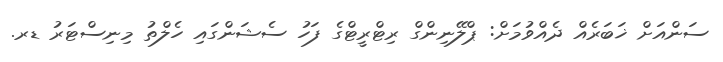
ސަންއަށް ޚަބަރެއް ދެއްވުމަށް: ޕްލޭނިންގް ރިޓްރީޓްގެ ފަހު ސެޝަންގައި ހެލްތު މިނިސްޓަރު ޑރ.